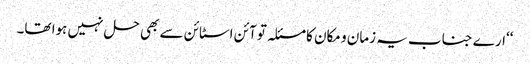
‘‘ارے جناب یہ زمان و مکان کا مسئلہ تو آئن اسٹائن سے بھی حل نہیں ہوا تھا۔